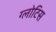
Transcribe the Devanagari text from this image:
ग्लोटिस